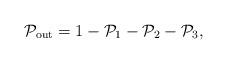
LaTeX: \begin{align*}\mathcal{P}_{\textrm{out}}&=1-\mathcal{P}_1-\mathcal{P}_2-\mathcal{P}_3,\end{align*}